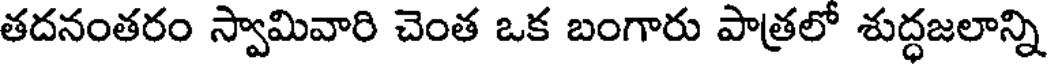
తదనంతరం స్వామివారి చెంత ఒక బంగారు పాత్రలో శుద్ధజలాన్ని